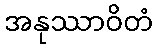
အနုဿာဝိတံ